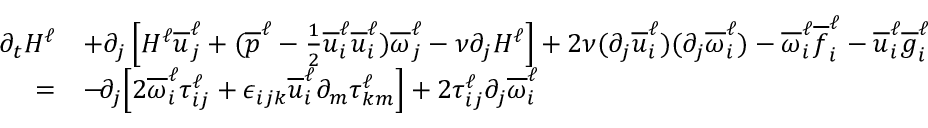
\begin{array} { r l } { \partial _ { t } H ^ { \ell } } & { + \partial _ { j } \left[ H ^ { \ell } \overline { { u } } _ { j } ^ { \ell } + ( \overline { { p } } ^ { \ell } - \frac { 1 } { 2 } \overline { { u } } _ { i } ^ { \ell } \overline { { u } } _ { i } ^ { \ell } ) \overline { { \omega } } _ { j } ^ { \ell } - \nu \partial _ { j } H ^ { \ell } \right] + 2 \nu ( \partial _ { j } \overline { { u } } _ { i } ^ { \ell } ) ( \partial _ { j } \overline { { \omega } } _ { i } ^ { \ell } ) - \overline { { \omega } } _ { i } ^ { \ell } \overline { { f } } _ { i } ^ { \ell } - \overline { { u } } _ { i } ^ { \ell } \overline { { g } } _ { i } ^ { \ell } } \\ { = } & { - \! \partial _ { j } \! \left[ 2 \overline { { \omega } } _ { i } ^ { \ell } \tau _ { i j } ^ { \ell } + \epsilon _ { i j k } \overline { { u } } _ { i } ^ { \ell } \partial _ { m } \tau _ { k m } ^ { \ell } \right] + 2 \tau _ { i j } ^ { \ell } \partial _ { j } \overline { { \omega } } _ { i } ^ { \ell } } \end{array}